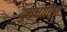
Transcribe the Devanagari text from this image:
युगधारिणे